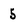
Character: 5